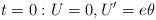
LaTeX: \begin{align*} t=0:U=0,U'=e\theta \end{align*}